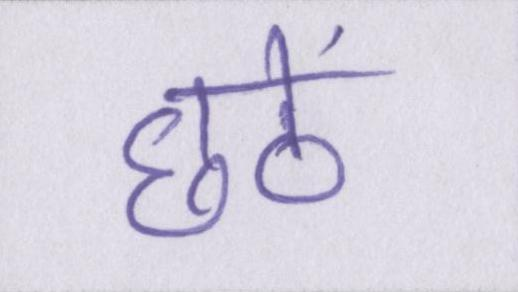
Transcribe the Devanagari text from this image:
छठें